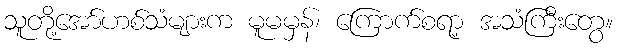
သူတို့အော်ဟစ်သံများက မူမမှန်၊ ကြောက်စရာ့ အသံကြီးတွေ။